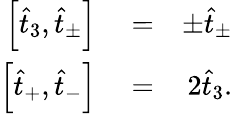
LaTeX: \begin{array}{rlr}{\left[\hat{t}_{3},\hat{t}_{\pm}\right]}&{{}=}&{\pm\hat{t}_{\pm}}\\ {\left[\hat{t}_{+},\hat{t}_{-}\right]}&{{}=}&{2\hat{t}_{3}.}\end{array}